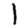
Digit: 1